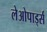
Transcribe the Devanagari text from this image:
लेओपार्ड्स